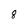
Character: 8